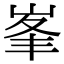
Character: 峯